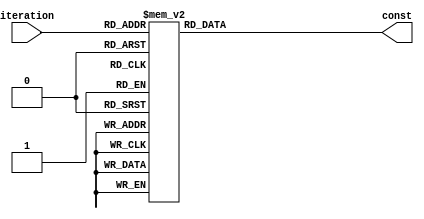
`timescale 1ns/1ns
module consts(iteration, const);
    input [4:0] iteration;
    output reg [63:0] const;

    always @(iteration) begin 
        case(iteration)
            5'd0: const = 64'h0000000000000001;
            5'd1: const = 64'h0000000000008082;
            5'd2: const = 64'h800000000000808a;
            5'd3: const = 64'h8000000080008000;
            5'd4: const = 64'h000000000000808b;
            5'd5: const = 64'h0000000080000001;
            5'd6: const = 64'h8000000080008081;
            5'd7: const = 64'h8000000000008009;
            5'd8: const = 64'h000000000000008a;
            5'd9: const = 64'h0000000000000088;
            5'd10: const = 64'h0000000080008009;
            5'd11: const = 64'h000000008000000a;
            5'd12: const = 64'h000000008000808b;
            5'd13: const = 64'h800000000000008b;
            5'd14: const = 64'h8000000000008089;
            5'd15: const = 64'h8000000000008003;
            5'd16: const = 64'h8000000000008002;
            5'd17: const = 64'h8000000000000080;
            5'd18: const = 64'h000000000000800a;
            5'd19: const = 64'h800000008000000a;
            5'd20: const = 64'h8000000080008081;
            5'd21: const = 64'h8000000000008080;
            5'd22: const = 64'h0000000080000001;
            5'd23: const = 64'h8000000080008008;
            default: const = 64'h0000000000000000;
        endcase
    end
endmodule